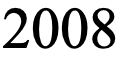
2008